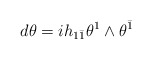
\begin{align*}d\theta=ih_{1\bar 1}\theta^1\wedge\theta^{\bar 1}\end{align*}